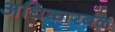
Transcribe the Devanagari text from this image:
अधिकारबळ